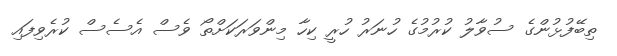
ތިބޭފުޅުންގެ ސުވާލު ކުރުމުގެ ހުނަރު ހުރީ ކިހާ މިންވަރަކަށްތޯ ވެސް އެސެސް ކުރެވިފައި